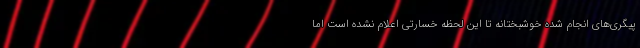
پیگری‌های انجام شده خوشبختانه تا این لحظه خسارتی اعلام نشده است اما